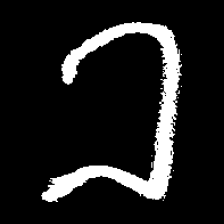
Pyu character \u2014 Myanmar letter: ခ (romanized: kha)